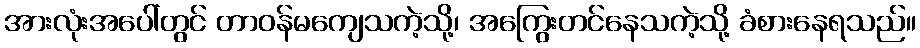
အားလုံးအပေါ်တွင် တာဝန်မကျေသကဲ့သို့၊ အကြွေးတင်နေသကဲ့သို့ ခံစားနေရသည်။